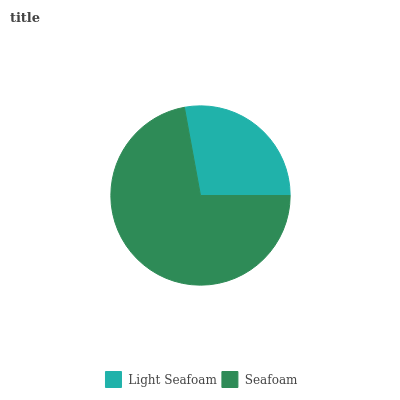
| Light Seafoam | Seafoam |
 | --- | --- |
 | 27.9% | 72.1% |